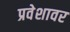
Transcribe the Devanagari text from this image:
प्रवेशावर